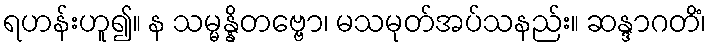
ရဟန်းဟူ၍။ န သမ္မန္နိတဗ္ဗော၊ မသမုတ်အပ်သနည်း။ ဆန္ဒာဂတိံ၊